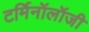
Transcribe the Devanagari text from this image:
टर्मिनॉलॉजी